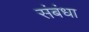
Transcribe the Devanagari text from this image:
संबंधा